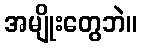
အမျိုးတွေဘဲ။